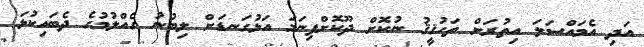
އަދި އެމައްސަލަ އިތުރަށް ތަހުޤީޤު ނުކޮށް ދޫކޮށްފިނަމަ އަޅުގަނޑަށް ލިބުނު ގެއްލުމުގެ ދެބައިކުޅަ